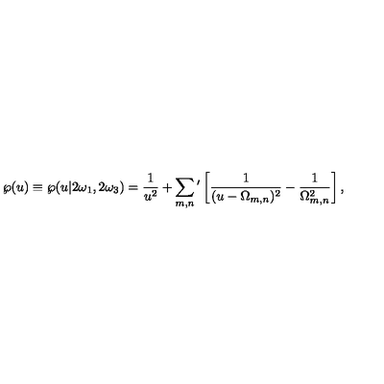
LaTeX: \wp ( u ) \equiv \wp ( u | 2 \omega _ { 1 } , 2 \omega _ { 3 } ) = { \frac { 1 } { u ^ { 2 } } } + \sum _ { m , n } { } ^ { \prime } \left[ { \frac { 1 } { ( u - \Omega _ { m , n } ) ^ { 2 } } } - { \frac { 1 } { \Omega _ { m , n } ^ { 2 } } } \right] ,